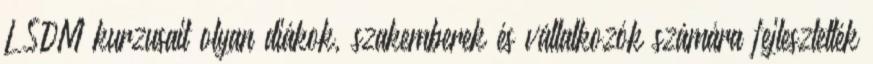
LSDM kurzusait olyan diákok, szakemberek és vállalkozók számára fejlesztették